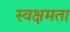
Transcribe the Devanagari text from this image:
स्वक्षमता